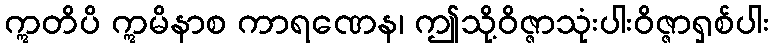
ဣတိပိ ဣမိနာစ ကာရဏေန၊ ဤသို့ဝိဇ္ဇာသုံးပါးဝိဇ္ဇာရှစ်ပါး